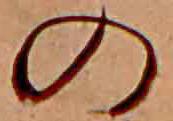
の